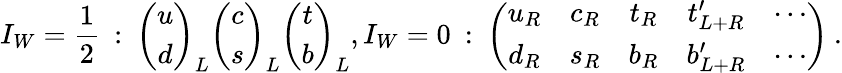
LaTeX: {I_{W}}={\frac{1}{2}}\: :\: \left(\begin{array}{c}{{u}}\\ {{d}}\end{array}\right)_{L}\left(\begin{array}{c}{{c}}\\ {{s}}\end{array}\right)_{L}\left(\begin{array}{c}{{t}}\\ {{b}}\end{array}\right)_{L},I_{W}=0\: :\: \left(\begin{array}{ccccc}{{u_{R}}}&{{c_{R}}}&{{t_{R}}}&{{t_{L+R}^{\prime}}}&{{\cdots}}\\ {{d_{R}}}&{{s_{R}}}&{{b_{R}}}&{{b_{L+R}^{\prime}}}&{{\cdots}}\end{array}\right)\: .